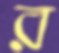
র